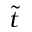
\tilde { t }